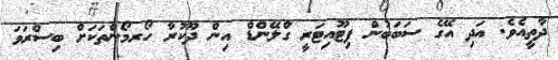
ދާތީއެވެ. އަދި އޭގެ ސަބަބުން ޕިޓޫއިޓަރީ ގްލޭންޑް އިން ދޫކުރާ ހޯރމޯންތަކަށް ބިސްރަވަ